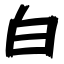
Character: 白